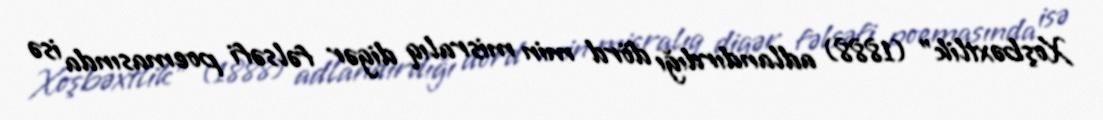
Xoşbəxtlik" (1888) adlandırdığı dörd min misralıq digər fəlsəfi poemasında isə